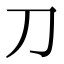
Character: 刀